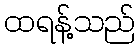
ထရန့်သည်